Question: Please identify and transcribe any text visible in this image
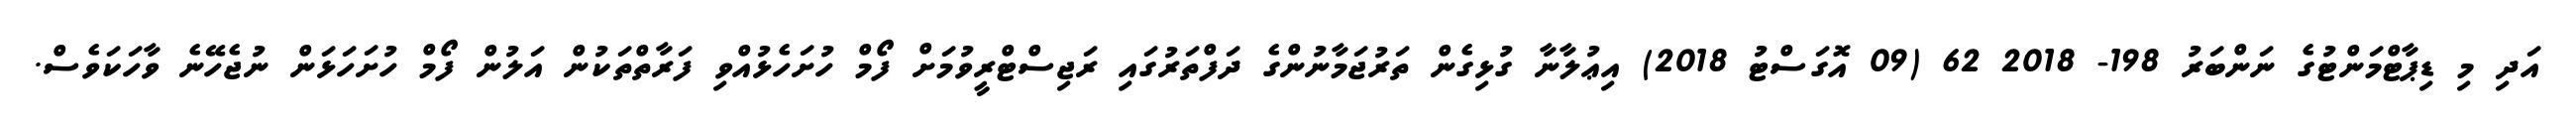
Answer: އަދި މި ޑިޕާޓްމަންޓުގެ ނަންބަރު 198- 2018 62 (09 އޮގަސްޓު 2018) އިޢުލާނާ ގުޅިގެން ތަރުޖަމާނުންގެ ދަފްތަރުގައި ރަޖިސްޓްރީވުމަށް ފޯމް ހުށަހެޅުއްވި ފަރާތްތަކުން އަލުން ފޯމް ހުށަހަޅަން ނުޖެހޭނެ ވާހަކަވެސް.